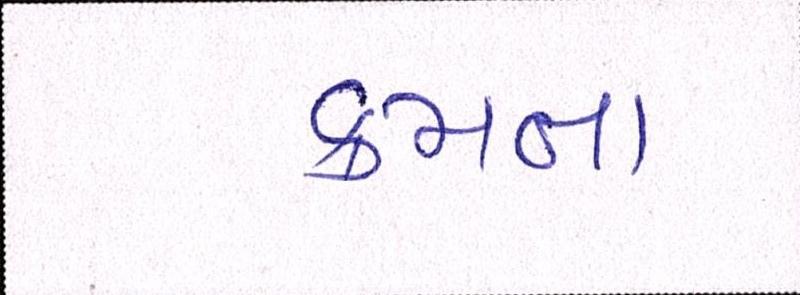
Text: ક્રમના